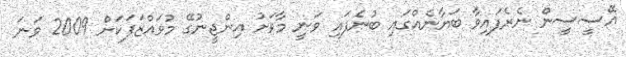
އޭސީސީން ނެރެފައިވާ ބަޔާނެއްގައި ބުނެފައި ވަނީ މާވަށު އިންޖީނުގޭ މުވައްޒަފަކަށް 2009 ވަނަ